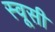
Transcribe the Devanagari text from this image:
स्वूसी